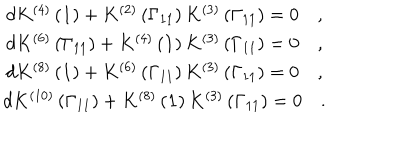
\begin{array} { c } { { d K ^ { \left( 4 \right) } \left( { \bf 1 } \right) + K ^ { \left( 2 \right) } \left( \Gamma _ { 1 1 } \right) K ^ { \left( 3 \right) } \left( \Gamma _ { 1 1 } \right) = 0 \quad , } } \\ { { d K ^ { \left( 6 \right) } \left( \Gamma _ { 1 1 } \right) + K ^ { \left( 4 \right) } \left( { \bf 1 } \right) K ^ { \left( 3 \right) } \left( \Gamma _ { 1 1 } \right) = 0 \quad , } } \\ { { d K ^ { \left( 8 \right) } \left( { \bf 1 } \right) + K ^ { \left( 6 \right) } \left( \Gamma _ { 1 1 } \right) K ^ { \left( 3 \right) } \left( \Gamma _ { 1 1 } \right) = 0 \quad , } } \\ { { d K ^ { \left( 1 0 \right) } \left( \Gamma _ { 1 1 } \right) + K ^ { \left( 8 \right) } \left( { \bf 1 } \right) K ^ { \left( 3 \right) } \left( \Gamma _ { 1 1 } \right) = 0 \quad . } } \\ \end{array}